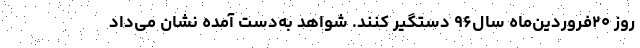
روز ۲۰فروردین‌ماه سال۹۶ دستگیر کنند. شواهد به‌دست آمده نشان می‌داد